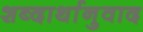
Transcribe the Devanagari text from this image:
शब्दार्थानुवाद